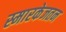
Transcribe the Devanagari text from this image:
स्मारकेजतन